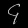
Digit: ၄